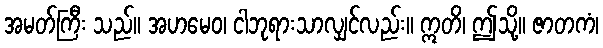
အမတ်ကြီး သည်။ အဟမေဝ၊ ငါဘုရားသာလျှင်လည်း။ ဣတိ၊ ဤသို့။ ဇာတကံ၊